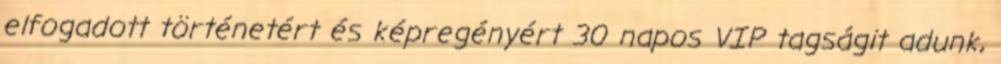
elfogadott történetért és képregényért 30 napos VIP tagságit adunk,